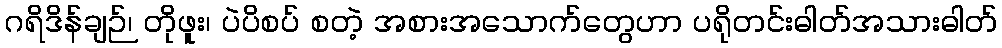
ဂရိဒိန်ချဉ်၊ တိုဖူး၊ ပဲပိစပ် စတဲ့ အစားအသောက်တွေဟာ ပရိုတင်းဓါတ်အသားဓါတ်